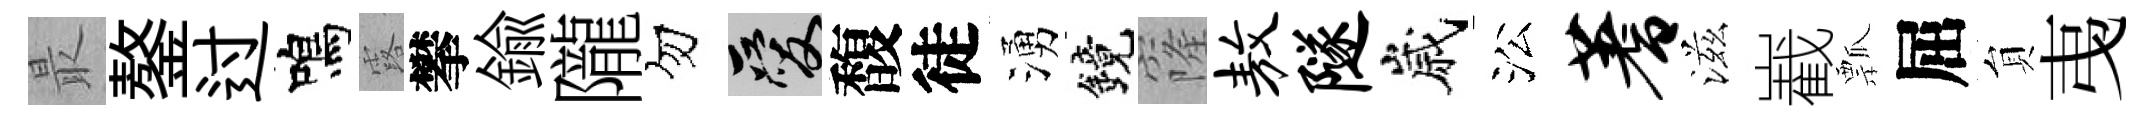
最鏊过鳴露攀鍮隴勿爱馥徒湧鏡窿敖隧嵗㳂蓍滋嶻瓢屈貟𢎯